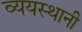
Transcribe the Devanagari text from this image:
व्ययस्थानी